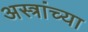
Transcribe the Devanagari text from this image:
अस्त्रांच्या